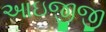
આઇજીજી